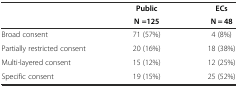
|  | Public | ECs |
 |  | N =125 | N = 48 |
 | --- | --- | --- |
 | Broad consent | 71 (57%) | 4 (8%) |
 | Partially restricted consent | 20 (16%) | 18 (38%) |
 | Multi-layered consent | 15 (12%) | 12 (25%) |
 | Specific consent | 19 (15%) | 25 (52%) |